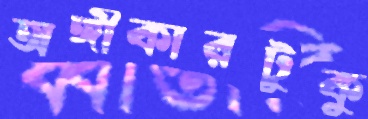
অঙ্গীকারটুকু